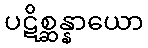
ပဋိစ္ဆန္နာယော